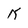
Character: k